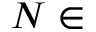
N \in